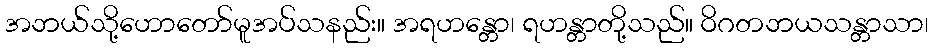
အဘယ်သို့ဟောတော်မူအပ်သနည်း။ အရဟန္တော၊ ရဟန္တာတို့သည်။ ဝိဂတဘယသန္တာသာ၊